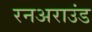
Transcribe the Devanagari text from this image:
रनअराउंड